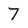
Character: 7